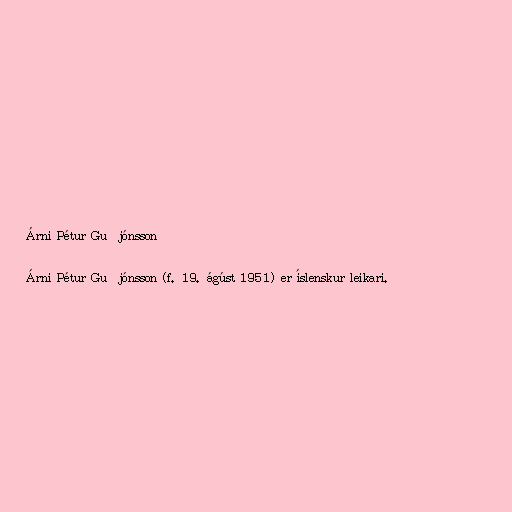
Árni Pétur Guðjónsson

Árni Pétur Guðjónsson (f. 19. ágúst 1951) er íslenskur leikari.